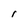
Character: I